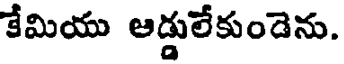
కేమియు ఆడ్డులేకుండెను.